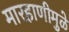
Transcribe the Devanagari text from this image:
मारहाणीमुळे